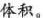
体积。